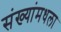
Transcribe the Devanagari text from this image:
संख्यांमधला